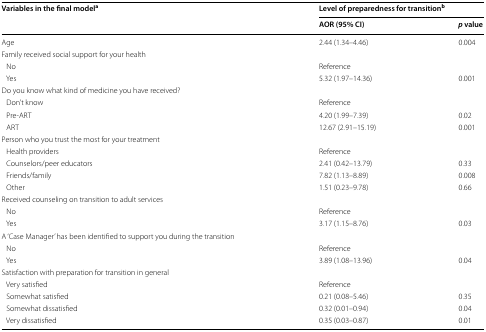
<table><thead><tr><td rowspan="2"><b>Variables in the final model<sup>a</sup></b></td><td colspan="2"><b>Level of preparedness for transition<sup>b</sup></b></td></tr><tr><td><b>AOR (95% CI)</b></td><td><b><i>p</i> value</b></td></tr></thead><tbody><tr><td>Age</td><td>2.44 (1.34–4.46)</td><td>0.004</td></tr><tr><td colspan="3">Family received social support for your health</td></tr><tr><td> No</td><td>Reference</td><td></td></tr><tr><td> Yes</td><td>5.32 (1.97–14.36)</td><td>0.001</td></tr><tr><td colspan="3">Do you know what kind of medicine you have received?</td></tr><tr><td> Don’t know</td><td>Reference</td><td></td></tr><tr><td> Pre-ART</td><td>4.20 (1.99–7.39)</td><td>0.02</td></tr><tr><td> ART</td><td>12.67 (2.91–15.19)</td><td>0.001</td></tr><tr><td colspan="3">Person who you trust the most for your treatment</td></tr><tr><td> Health providers</td><td>Reference</td><td></td></tr><tr><td> Counselors/peer educators</td><td>2.41 (0.42–13.79)</td><td>0.33</td></tr><tr><td> Friends/family</td><td>7.82 (1.13–8.89)</td><td>0.008</td></tr><tr><td> Other</td><td>1.51 (0.23–9.78)</td><td>0.66</td></tr><tr><td colspan="3">Received counseling on transition to adult services</td></tr><tr><td> No</td><td>Reference</td><td></td></tr><tr><td> Yes</td><td>3.17 (1.15–8.76)</td><td>0.03</td></tr><tr><td colspan="3">A ‘Case Manager’ has been identified to support you during the transition</td></tr><tr><td> No</td><td>Reference</td><td></td></tr><tr><td> Yes</td><td>3.89 (1.08–13.96)</td><td>0.04</td></tr><tr><td colspan="3">Satisfaction with preparation for transition in general</td></tr><tr><td> Very satisfied</td><td>Reference</td><td></td></tr><tr><td> Somewhat satisfied</td><td>0.21 (0.08–5.46)</td><td>0.35</td></tr><tr><td> Somewhat dissatisfied</td><td>0.32 (0.01–0.94)</td><td>0.04</td></tr><tr><td> Very dissatisfied</td><td>0.35 (0.03–0.87)</td><td>0.01</td></tr></tbody></table>